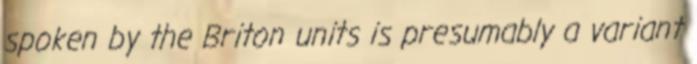
spoken by the Briton units is presumably a variant